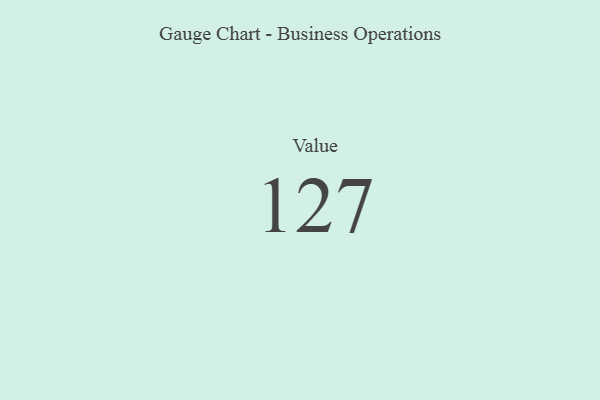
{"axis": {"x": "Metric", "y": "Value"}, "legend": [""], "data": [{"x": "Value", "y": 127, "type": ""}]}